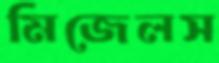
মিজেলস